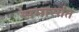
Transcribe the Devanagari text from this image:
समासांत